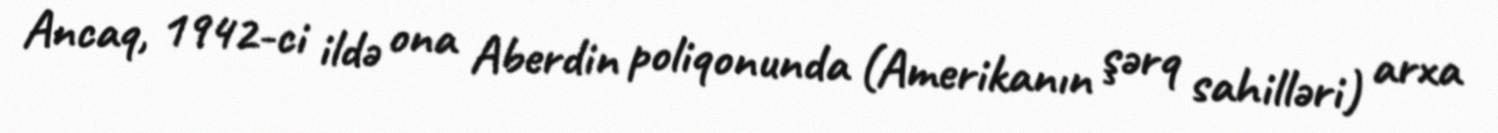
Ancaq, 1942-ci ildə ona Aberdin poliqonunda (Amerikanın şərq sahilləri) arxa